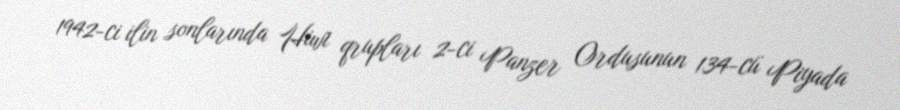
1942-ci ilin sonlarında Hiwi qrupları 2-ci Panzer Ordusunun 134-cü Piyada